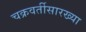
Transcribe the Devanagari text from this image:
चक्रवर्तीसारख्या